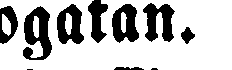
kogatan.